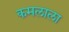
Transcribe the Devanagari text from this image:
कमलाला